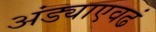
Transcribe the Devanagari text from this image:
अंड्याएवढं